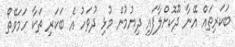
ބަކަރިތައް އޭނާ ދޫކޮށްލާފައި ދިޔުމުން މުޅި ދުވަހު އެ ބަަކަރި ތަކާ ހަމަވޭތޯ